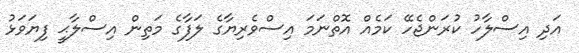
އަދި އިސްލާހު ކުރަންޖެހޭ ކަމެއް އޮތްނަމަ އިސްވެރިޔާގެ ލަފާގެ މަތިން އިސްލާޙީ ފިޔަވަޅު